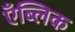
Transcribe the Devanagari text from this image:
एँब्लिक